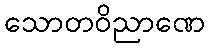
သောတဝိညာဏေ